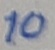
Text: 10